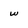
Character: w